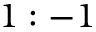
1 : - 1